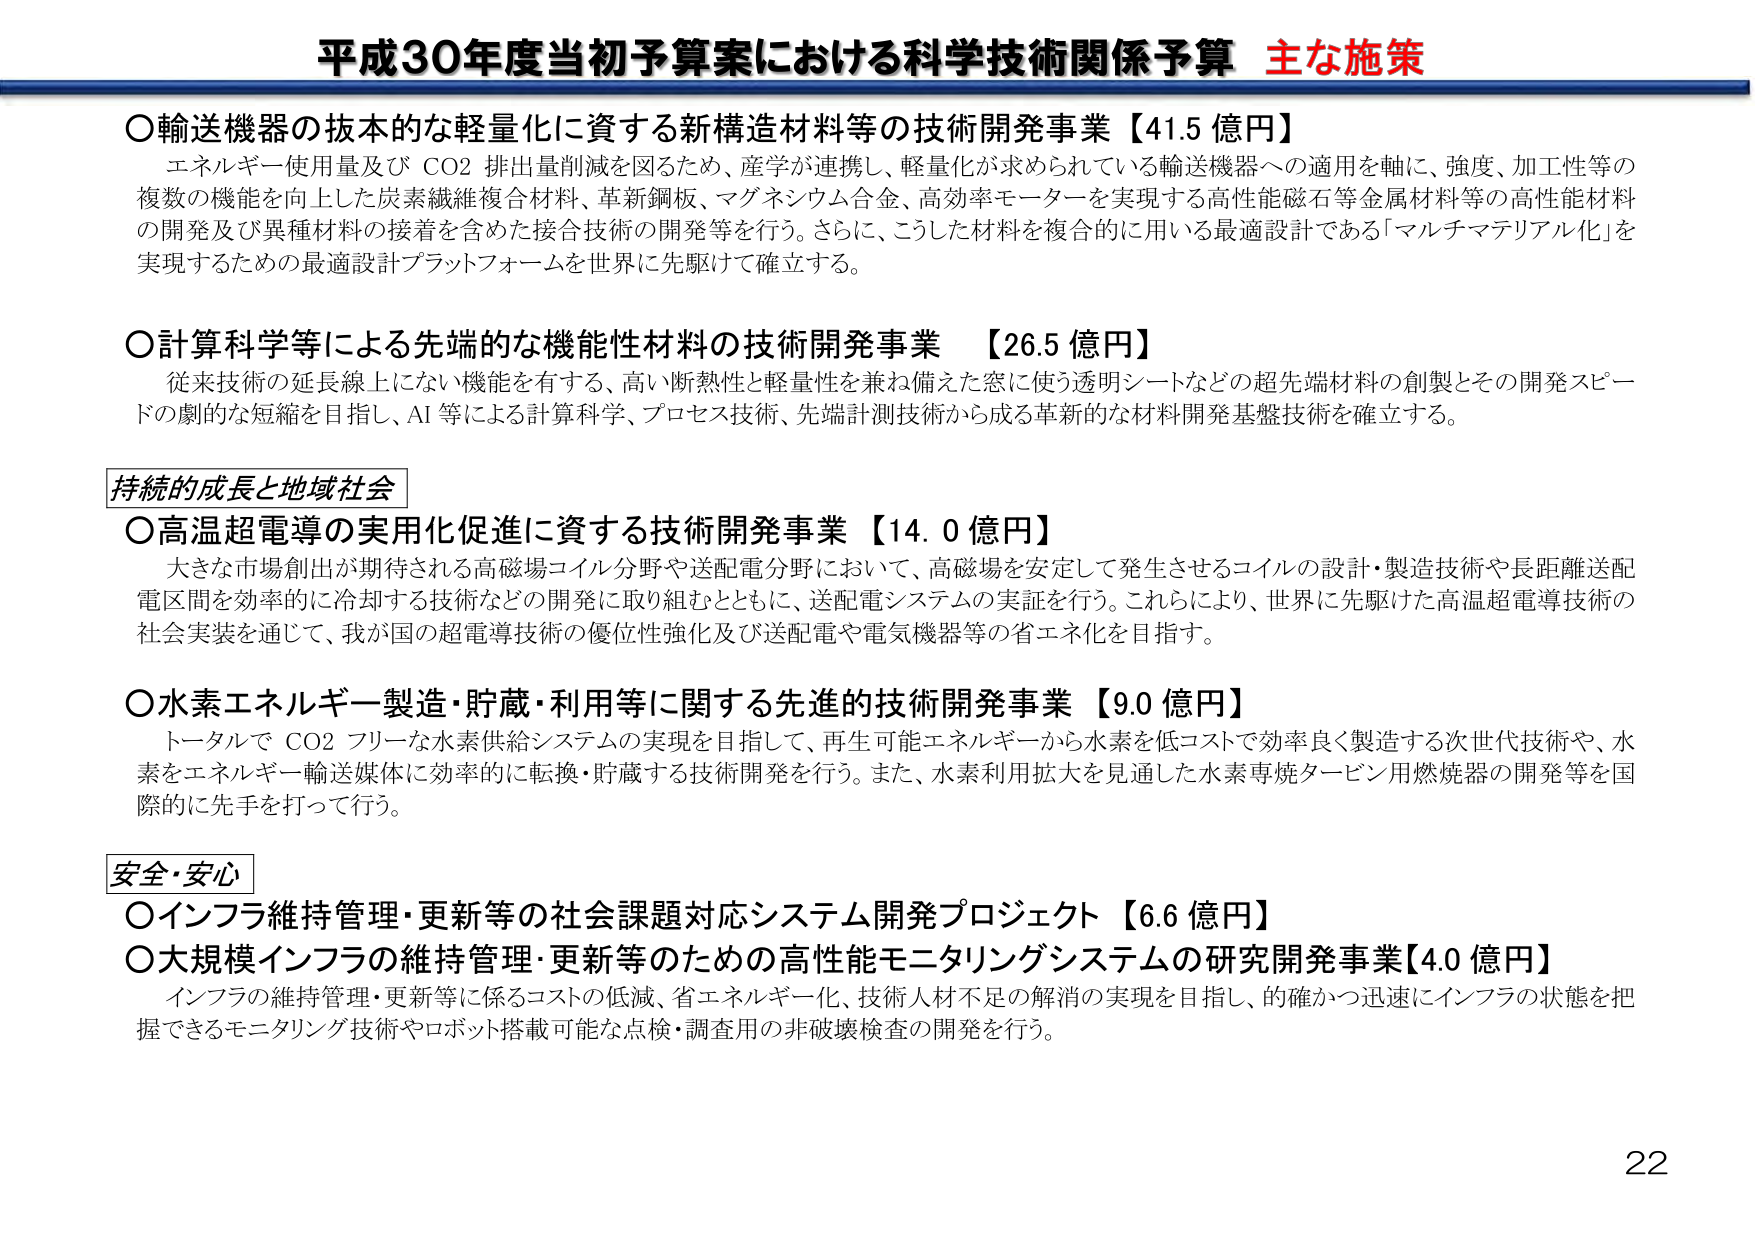
平成30年度当初予算案における科学技術関係予算 主な施策

○輸送機器の抜本的な軽量化に資する新構造材料等の技術開発事業【41.5 億円】
エネルギー使用量及び CO2 排出量削減を図るため、産学が連携し、軽量化が求められている輸送機器への適用を軸に、強度、加工性等の複数の機能を向上した炭素繊維複合材料、革新鋼板、マグネシウム合金、高効率モーターを実現する高性能磁石等金属材料等の高性能材料の開発及び異種材料の接着を含めた接合技術の開発等を行う。さらに、こうした材料を複合的に用いる最適設計である「マルチマテリアル化」を実現するための最適設計プラットフォームを世界に先駆けて確立する。

○計算科学等による先端的な機能性材料の技術開発事業 【26.5 億円】
従来技術の延長線上にない機能を有する、高い断熱性と軽量性を兼ね備えた窓に使う透明シートなどの超先端材料の創製とその開発スピードの劇的な短縮を目指し、AI 等による計算科学、プロセス技術、先端計測技術から成る革新的な材料開発基盤技術を確立する。

持続的成長と地域社会
○高温超電導の実用化促進に資する技術開発事業【14.0 億円】
大きな市場創出が期待される高磁場コイル分野や送配電分野において、高磁場を安定して発生させるコイルの設計・製造技術や長距離送配電区間を効率的に冷却する技術などの開発に取り組むとともに、送配電システムの実証を行う。これらにより、世界に先駆けた高温超電導技術の社会実装を通じて、我が国の超電導技術の優位性強化及び送配電や電気機器等の省エネ化を目指す。

○水素エネルギー製造・貯蔵・利用等に関する先進的技術開発事業【9.0 億円】
トータルで CO2 フリーな水素供給システムの実現を目指して、再生可能エネルギーから水素を低コストで効率良く製造する次世代技術や、水素をエネルギー輸送媒体に効率的に転換・貯蔵する技術開発を行う。また、水素利用拡大を見通した水素専焼タービン用燃焼器の開発等を国際的に先手を打って行う。

安全・安心
○インフラ維持管理・更新等の社会課題対応システム開発プロジェクト【6.6 億円】
○大規模インフラの維持管理・更新等のための高性能モニタリングシステムの研究開発事業【4.0 億円】
インフラの維持管理・更新等に係るコストの低減、省エネルギー化、技術人材不足の解消の実現を目指し、的確かつ迅速にインフラの状態を把握できるモニタリング技術やロボット搭載可能な点検・調査用の非破壊検査の開発を行う。

22